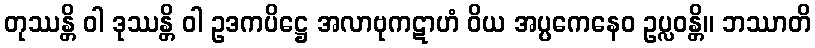
တုဿန္တိ ဝါ ဒုဿန္တိ ဝါ ဥဒကပိဋ္ဌေ အလာဗုကဋာဟံ ဝိယ အပ္ပကေနေဝ ဥပ္လဝန္တိ။ ဘဿာတိ